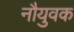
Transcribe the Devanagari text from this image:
नौयुवक